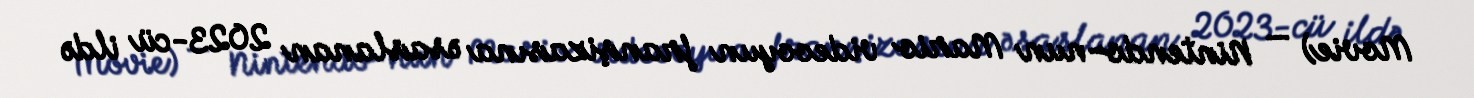
Movie) — Nintendo-nun Mario videooyun franşizasına əsaslanan 2023-cü ildə